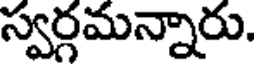
స్వర్గమన్నారు.